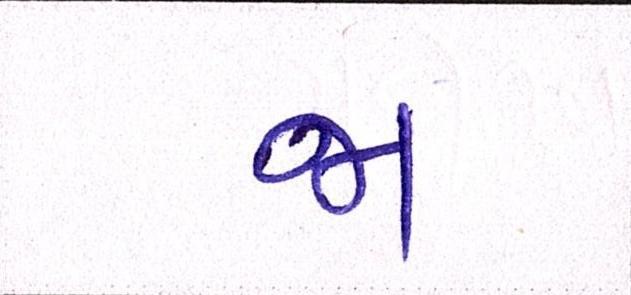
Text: જા